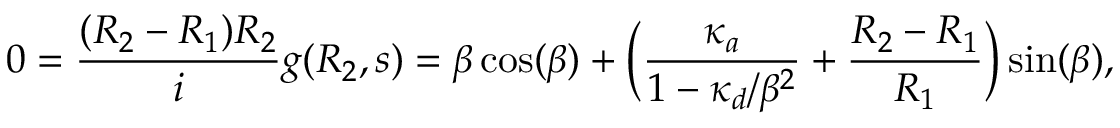
0 = \frac { ( R _ { 2 } - R _ { 1 } ) R _ { 2 } } { i } g ( R _ { 2 } , s ) = \beta \cos ( \beta ) + \biggl ( \frac { \kappa _ { a } } { 1 - \kappa _ { d } / \beta ^ { 2 } } + \frac { R _ { 2 } - R _ { 1 } } { R _ { 1 } } \biggr ) \sin ( \beta ) ,